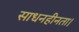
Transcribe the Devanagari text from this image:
साधनहीनता।